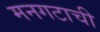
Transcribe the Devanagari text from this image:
मनगटाची